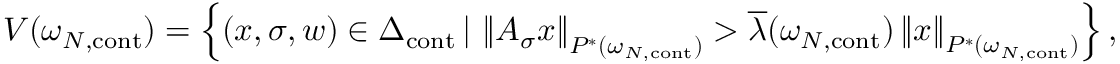
V ( \omega _ { N , \mathrm { c o n t } } ) = \left\{ ( x , \sigma , w ) \in \Delta _ { \mathrm { c o n t } } \, | \, \left\| A _ { \sigma } x \right\| _ { P ^ { * } ( \omega _ { N , \mathrm { c o n t } } ) } > \overline { { \lambda } } ( \omega _ { N , \mathrm { c o n t } } ) \left\| x \right\| _ { P ^ { * } ( \omega _ { N , \mathrm { c o n t } } ) } \right\} ,